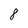
Character: 8